Scottish Leaving Certificate Examination, 1953
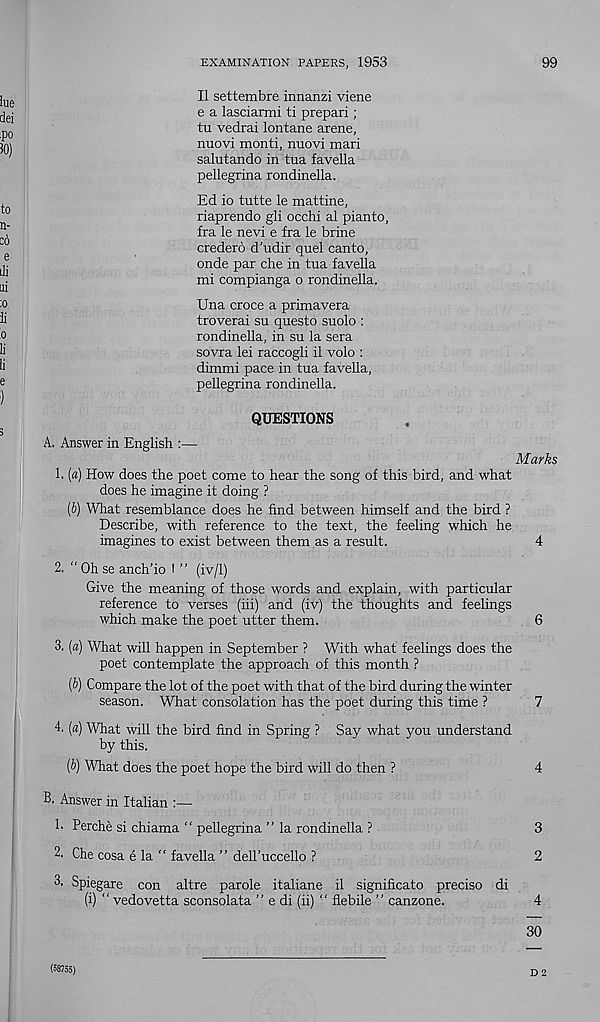
EXAMINATION PAPERS, 1953
99
II settembre innanzi viene
e a lasciarmi ti prepari;
tu vedrai lontane arene,
nuovi monti, nuovi mari
salutando in tua favella
pellegrina rondinella.
Ed io tutte le mattine,
riaprendo gli occhi al pianto,
fra le nevi e fra le brine
credero d’udir quel canto,
onde par che in tua favella
mi compianga o rondinella.
Una croce a primavera
troverai su questo suolo :
rondinella, in su la sera
sovra lei raccogli il volo :
dimmi pace in tua favella,
pellegrina rondinella.
QUESTIONS
A. Answer in English :—
Marks
1. [a) How does the poet come to hear the song of this bird, and what
does he imagine it doing ?
(6) What resemblance does he find between himself and the bird ?
Describe, with reference to the text, the feeling which he
imagines to exist between them as a result.
4
2. “ Oh se anch’io I ” (iv/1)
Give the meaning of those words and explain, with particular
reference to verses (hi) and (iv) the thoughts and feelings
which make the poet utter them.
6
3. [a) What will happen in September ? With what feelings does the
poet contemplate the approach of this month ?
[b) Compare the lot of the poet with that of the bird during the winter
season. What consolation has the poet during this time ?
7
4. (a) What will the bird find in Spring ? Say what you understand
by this.
(b) What does the poet hope the bird will do then ?
4
B. Answer in Italian :—
h Perche si chiama “ pellegrina ” la rondinella ?
3
2. Che cosa e la “ favella ” deU’uccello ?
2
3. Spiegare con altre parole italiane il significato precise di
(i) “ vedovetta sconsolata ” e di (ii) “ flebile ” canzone.
4
30
(58755)
D 2